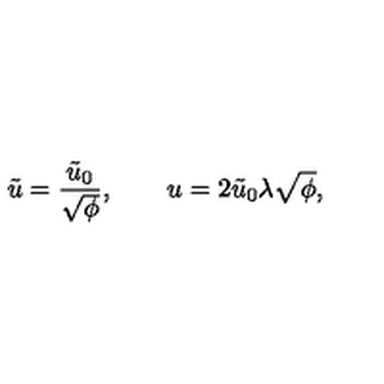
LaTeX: \tilde { u } = \frac { \tilde { u } _ { 0 } } { \sqrt { \phi } } , \qquad u = 2 \tilde { u } _ { 0 } \lambda \sqrt { \phi } ,